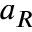
a _ { R }